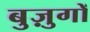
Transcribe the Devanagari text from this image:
बुज़ुगों